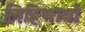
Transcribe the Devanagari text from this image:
लिहिणार्या